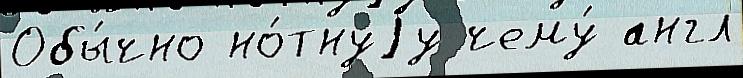
Обы́чно но́тнуjу чему́ англ